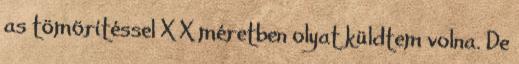
as tömörítéssel X X méretben olyat küldtem volna. De